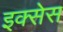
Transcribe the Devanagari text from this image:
इक्सेस